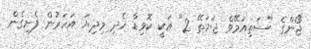
ޖޯންގެ "ސަތިއަމޭވް ޖަޔަތޭ 2" އަކީ ކޮވިޑާ ހެދި މިދިޔަ އަހަރުން ފެށިގެން